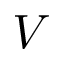
V